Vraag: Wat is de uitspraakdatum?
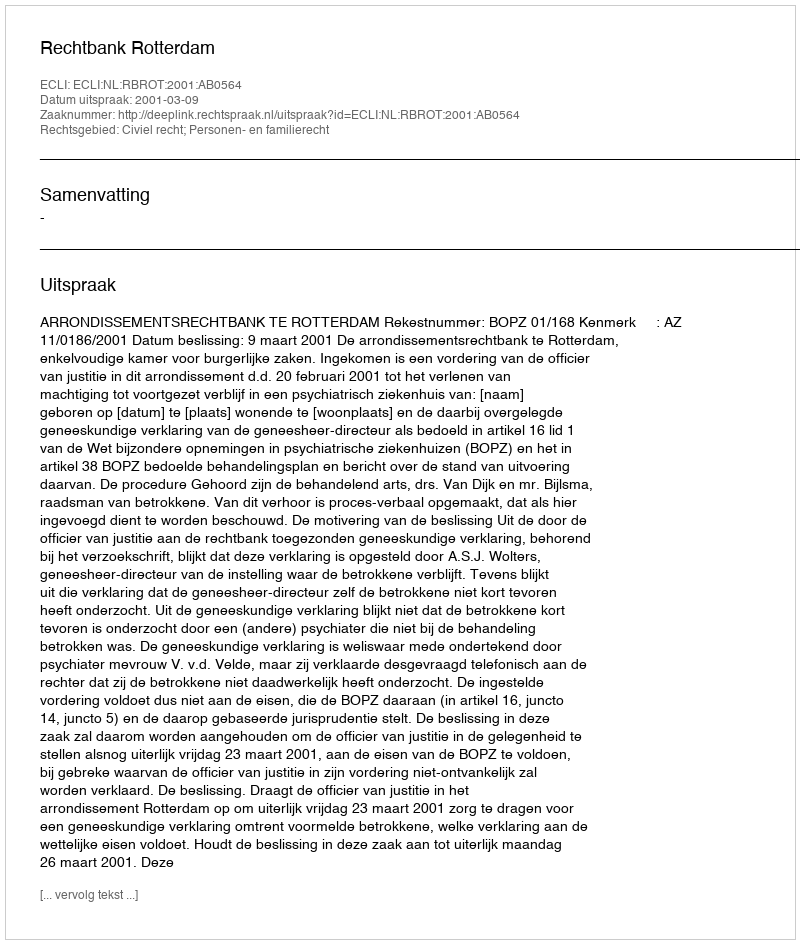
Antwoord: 2001-03-09